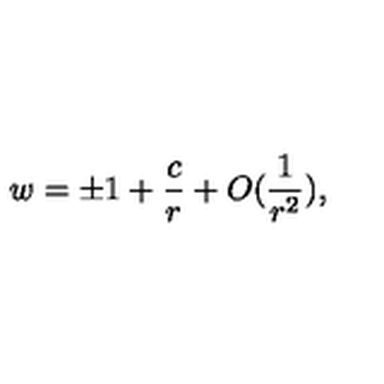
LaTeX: w = \pm 1 + \frac { c } { r } + O ( \frac { 1 } { r ^ { 2 } } ) ,